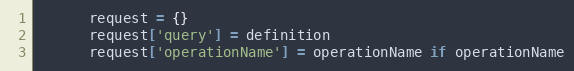
Language: Ruby
      request = {}
      request['query'] = definition
      request['operationName'] = operationName if operationName